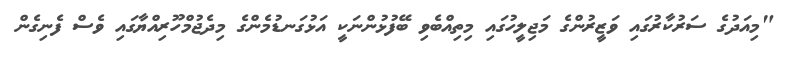
"މިއަދުގެ ސަރުކާރުގައި ވަޒީރުންގެ މަޖިލީހުގައި މިތިއްބެވި ބޭފުޅުންނަކީ އަޅުގަނޑުމެންގެ މިދެޖުމްހޫރިއްޔާގައި ވެސް ފެނިގެން